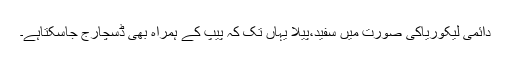
دائمی لیکوریاکی صورت میں سفید،پیلا یہاں تک کہ پیپ کے ہمراہ بھی ڈسچارج جاسکتاہے۔